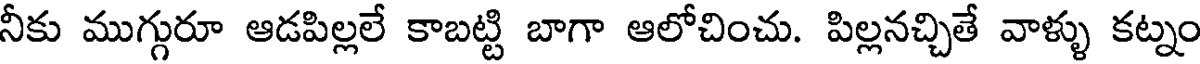
నీకు ముగ్గురూ ఆడపిల్లలే కాబట్టి బాగా ఆలోచించు. పిల్లనచ్చితే వాళ్ళు కట్నం